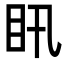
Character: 𥃴